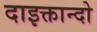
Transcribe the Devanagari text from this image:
दाइक्तान्दो